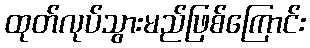
ထုတ်လုပ်သွားမည်ဖြစ်ကြောင်း